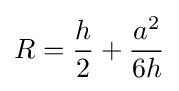
R={\frac {h}{2}}+{\frac {a^{2}}{6h}}